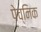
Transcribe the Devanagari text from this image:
पेच्निक